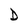
Character: D